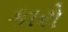
કારો